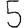
Digit: 5